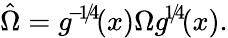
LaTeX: \hat{\Omega}=g^{\! -\! 1\! /\! 4\! }(x)\Omega g^{\! 1\! /\! 4\! }(x).